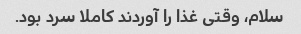
سلام، وقتی غذا را آوردند کاملا سرد بود.